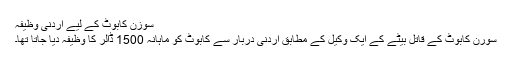
سوزن کابوٹ کے لیے اردنی وظیفہ
سورن کابوٹ کے قاتل بیٹے کے ایک وکیل کے مطابق اردنی دربار سے کابوٹ کو ماہانہ 1500 ڈالر کا وظیفہ دیا جاتا تھا۔